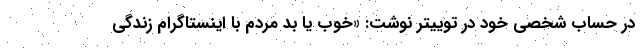
در حساب شخصی خود در توییتر نوشت: «خوب یا بد مردم با اینستاگرام زندگی